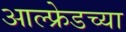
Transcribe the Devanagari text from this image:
आल्फ्रेडच्या